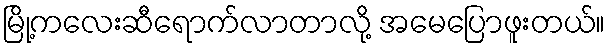
မြို့ကလေးဆီရောက်လာတာလို့ အမေပြောဖူးတယ်။